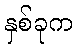
နှစ်ခုက